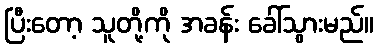
ပြီးတော့ သူတို့ကို အခန်း ခေါ်သွားမည်။